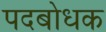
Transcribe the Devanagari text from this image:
पदबोधक